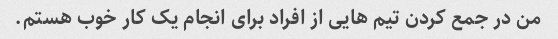
من در جمع کردن تیم هایی از افراد برای انجام یک کار خوب هستم.